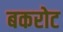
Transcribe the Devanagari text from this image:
बकरोट